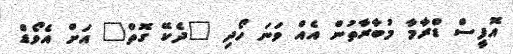
އޮފީސް ޑްރާމާ މުބާރާތުން އެއް ވަނަ ހޯދި "ދެކޭ ގޮތް" އަށް އެވޯޑް